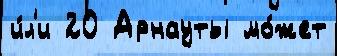
и́л'и 20 Арнауты мо́жет